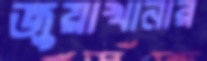
জুয়াখানার